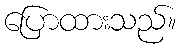
ပြောထားသည်။